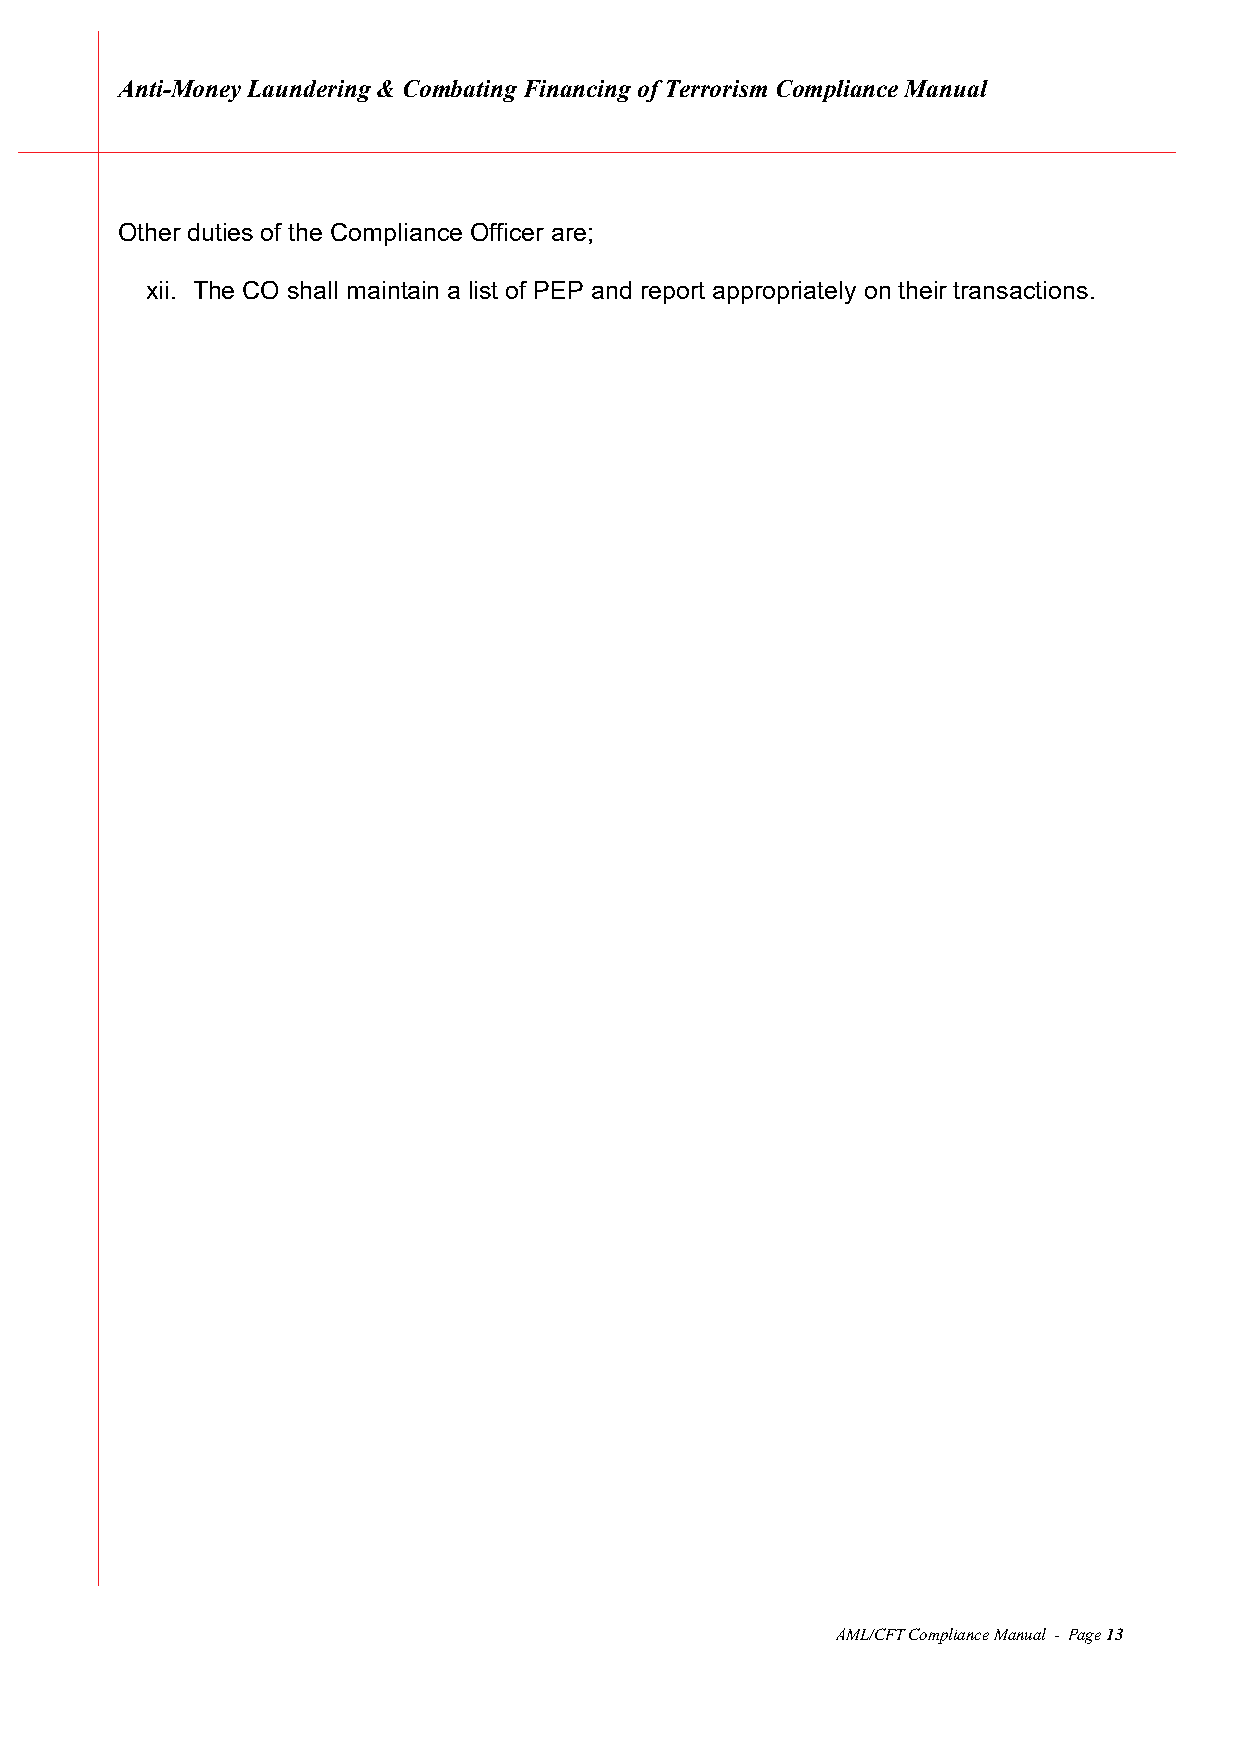
Anti-Money Laundering & Combating Financing of Terrorism Compliance Manual
 Other duties of the Compliance Officer are;
 xii. The CO shall maintain a list of PEP and report appropriately on their transactions.
 AML/CFT Compliance Manual - Page 13